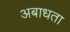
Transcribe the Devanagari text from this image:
अबाधता